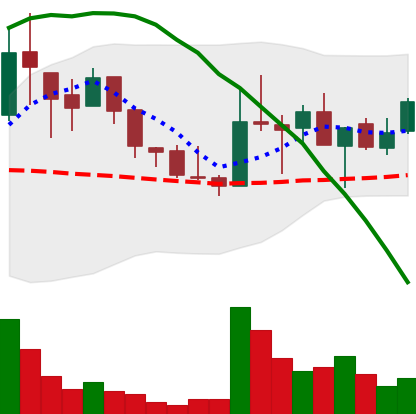
Ticker: LINK-USD
Chart end date: 2018-08-17
Forward return: 7.815%
Label: up_7plus